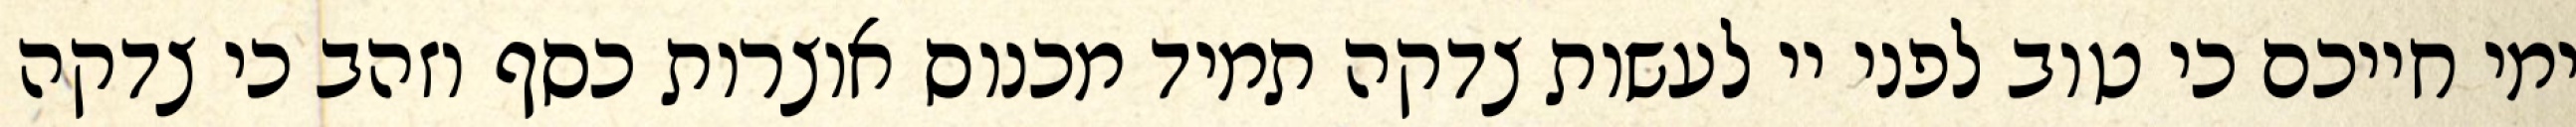
ימי חייכם כי טוב לפני יי לעשות צדקה תמיד מכנוס אוצרות כסף וזהב כי צדקה